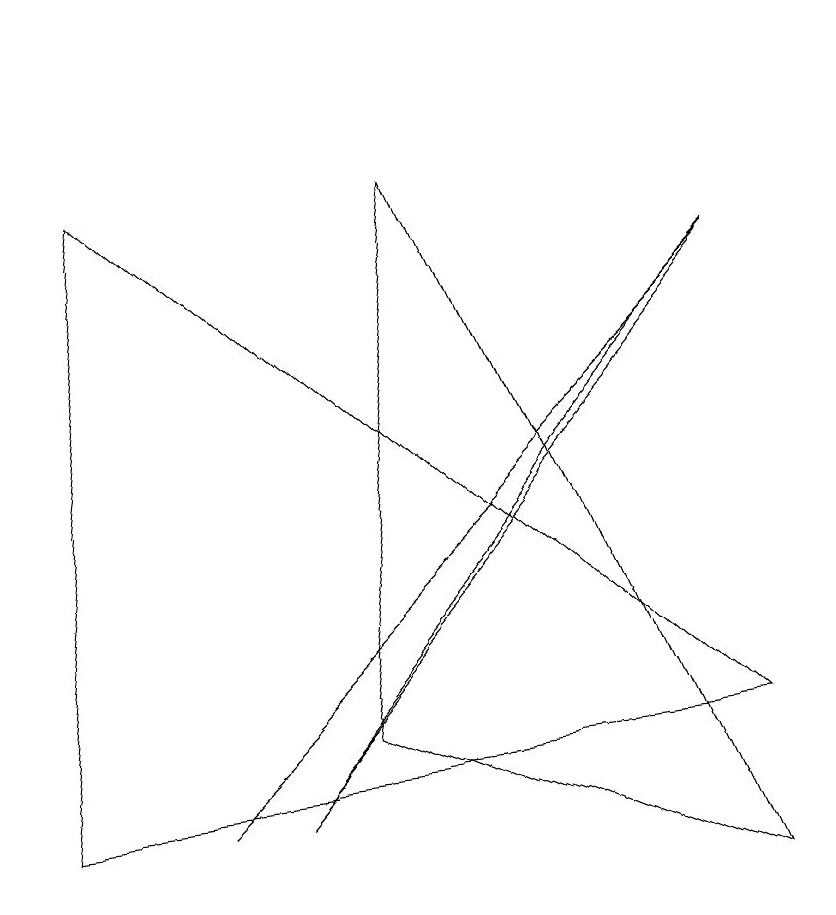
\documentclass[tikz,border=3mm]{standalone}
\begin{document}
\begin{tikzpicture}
\draw (3,1) -- (8,7) -- (9,8) -- cycle;
\draw (9,8) -- (5,4) -- (2,1) -- cycle;
\draw (9,2) -- (0,1) -- (1,9) -- cycle;
\draw (5,9) -- (9,0) -- (4,2) -- cycle;
\draw (10,11) circle (0);
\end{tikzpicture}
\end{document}